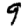
Digit: 9